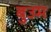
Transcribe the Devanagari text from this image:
बुउम